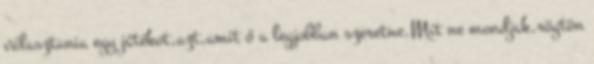
választania egy játékot,azt,amit ő a legjobban szeretne.Mit ne mondjak,rögtön